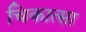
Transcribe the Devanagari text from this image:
चिकात्सा